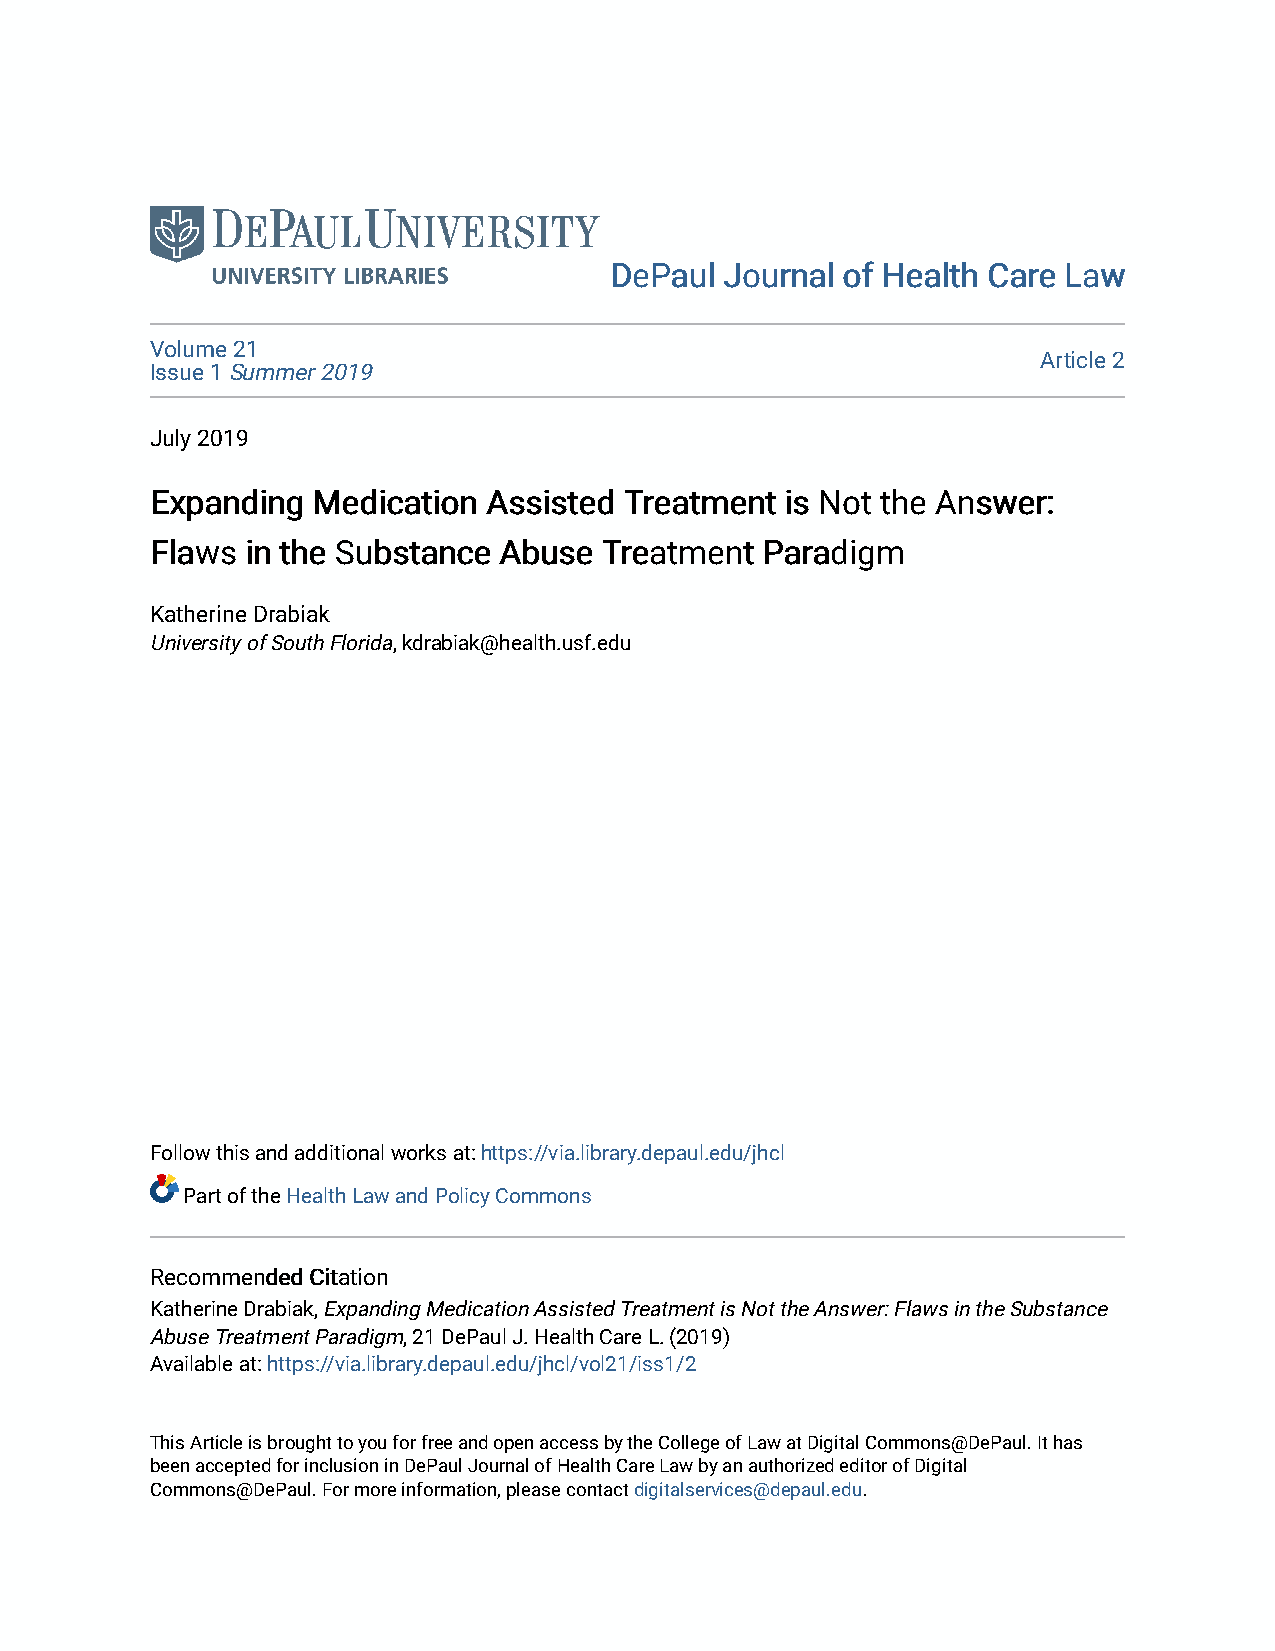
DDeePPaauull JJoouurrnnaall ooff HHeeaalltthh CCaarree LLaaww
 Volume 21
 Article 2
 Issue 1 Summer 2019
 July 2019
 EExxppaannddiinngg MMeeddiiccaattiioonn AAssssiisstteedd TTrreeaattmmeenntt iiss NNoott tthhee AAnnsswweerr::
 FFllaawwss iinn tthhee SSuubbssttaannccee AAbbuussee TTrreeaattmmeenntt PPaarraaddiiggmm
 Katherine Drabiak
 University of South Florida, kdrabiak@health.usf.edu
 Follow this and additional works at: https://via.library.depaul.edu/jhcl
 Part of the Health Law and Policy Commons
 RReeccoommmmeennddeedd CCiittaattiioonn
 Katherine Drabiak, Expanding Medication Assisted Treatment is Not the Answer: Flaws in the Substance
 Abuse Treatment Paradigm, 21 DePaul J. Health Care L. (2019)
 Available at: https://via.library.depaul.edu/jhcl/vol21/iss1/2
 This Article is brought to you for free and open access by the College of Law at Digital Commons@DePaul. It has
 been accepted for inclusion in DePaul Journal of Health Care Law by an authorized editor of Digital
 Commons@DePaul. For more information, please contact digitalservices@depaul.edu.